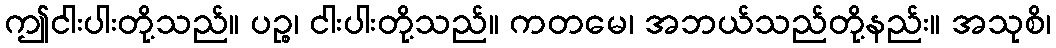
ဤငါးပါးတို့သည်။ ပဉ္စ၊ ငါးပါးတို့သည်။ ကတမေ၊ အဘယ်သည်တို့နည်း။ အသုစိ၊